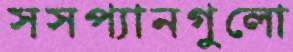
সসপ্যানগুলো